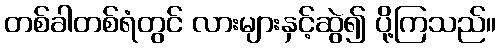
တစ်ခါတစ်ရံတွင် လားများနှင့်ဆွဲ၍ ပို့ကြသည်။